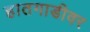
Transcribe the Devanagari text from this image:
हातगाडीवर